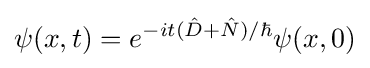
\psi (x,t)=e^{-it({\hat {D}}+{\hat {N}})/\hbar }\psi (x,0)